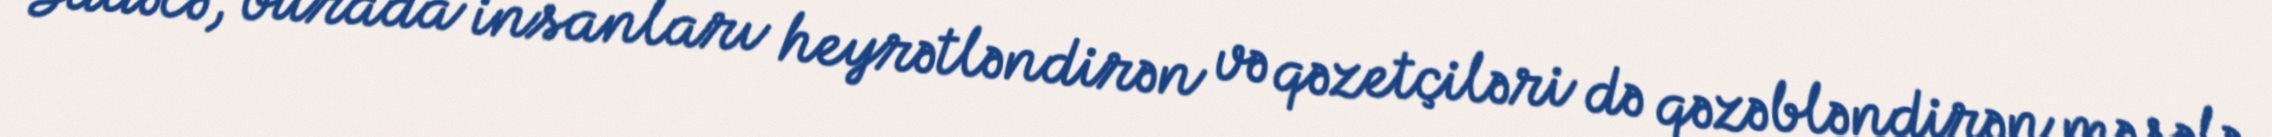
Sadəcə, burada insanları heyrətləndirən və qəzetçiləri də qəzəbləndirən məsələ